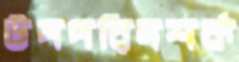
উপপরিদশর্ক